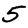
Digit: 5